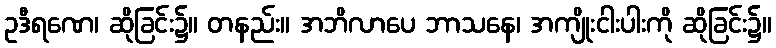
ဥဒီရဏေ၊ ဆိုခြင်း၌။ တနည်း။ အဘိလာပေ ဘာသနေ၊ အကျိုးငါးပါးကို ဆိုခြင်း၌။